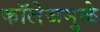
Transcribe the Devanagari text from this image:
कॉलेजमुळे